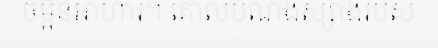
ចម្អិនអាហារ។ គោលបំណងស្សាងរបស់